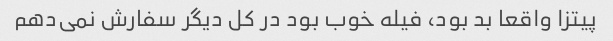
پیتزا واقعا بد بود، فیله خوب بود در کل دیگر سفارش نمی‌دهم